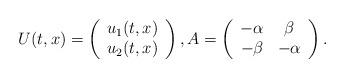
LaTeX: \begin{align*}U(t,x) = \left(\begin{array}{c}u_1(t,x) \\u_2(t,x) \\\end{array}\right), A = \left(\begin{array}{cc}-\alpha & \beta \\-\beta & -\alpha \\\end{array}\right).\end{align*}